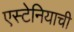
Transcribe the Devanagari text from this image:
एस्टेनियाची